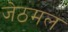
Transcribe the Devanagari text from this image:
जेठमल